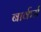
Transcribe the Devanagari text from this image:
बार्कर्स